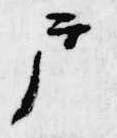
戸